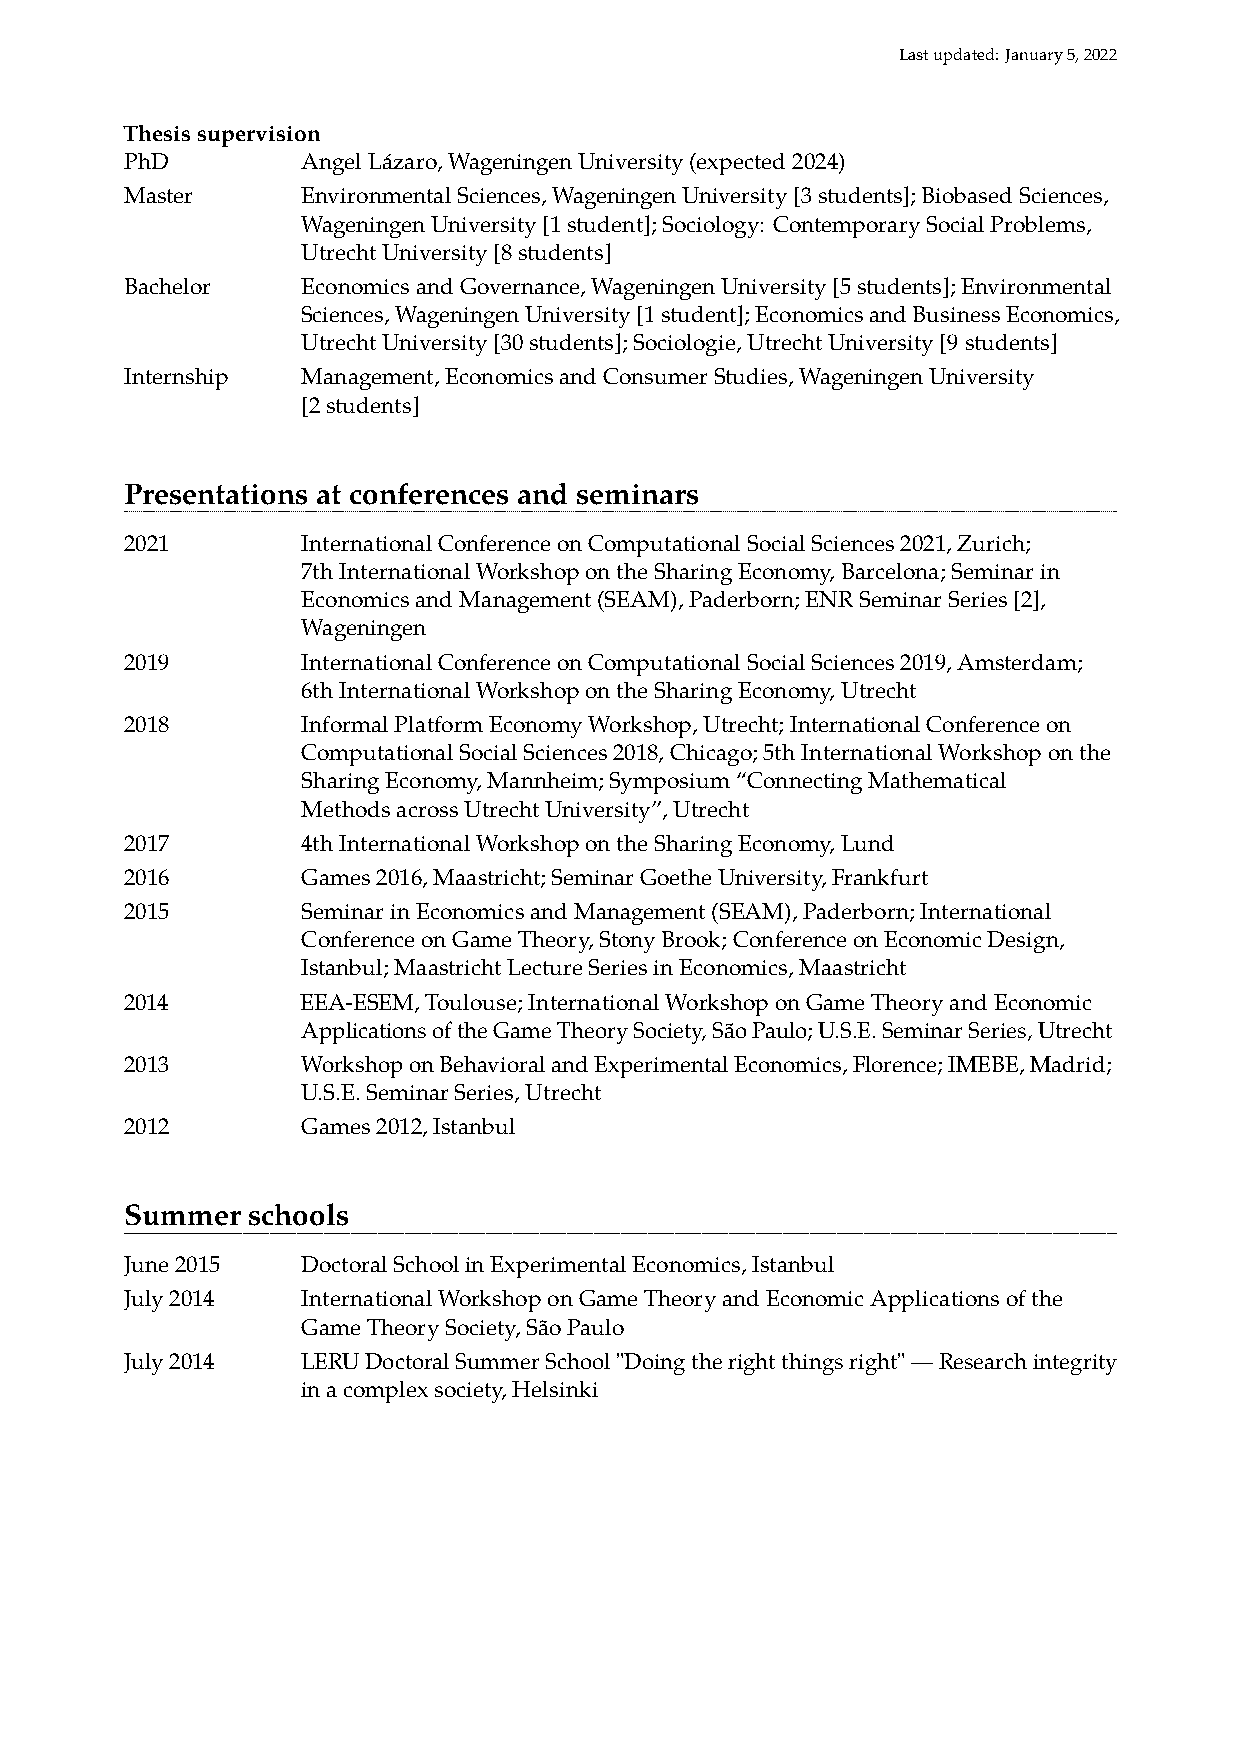
Lastupdated:January5,2022
 Thesissupervision
 PhD         AngelLázaro,WageningenUniversity(expected2024)
 Master      EnvironmentalSciences,WageningenUniversity[3students];BiobasedSciences,
 WageningenUniversity[1student];Sociology: ContemporarySocialProblems,
 UtrechtUniversity[8students]
 Bachelor    EconomicsandGovernance,WageningenUniversity[5students];Environmental
 Sciences,WageningenUniversity[1student];EconomicsandBusinessEconomics,
 UtrechtUniversity[30students];Sociologie,UtrechtUniversity[9students]
 Internship  Management,EconomicsandConsumerStudies,WageningenUniversity
 [2students]
 Presentations at conferences and seminars
 2021        InternationalConferenceonComputationalSocialSciences2021,Zurich;
 7thInternationalWorkshopontheSharingEconomy,Barcelona;Seminarin
 EconomicsandManagement(SEAM),Paderborn;ENRSeminarSeries[2],
 Wageningen
 2019        InternationalConferenceonComputationalSocialSciences2019,Amsterdam;
 6thInternationalWorkshopontheSharingEconomy,Utrecht
 2018        InformalPlatformEconomyWorkshop,Utrecht;InternationalConferenceon
 ComputationalSocialSciences2018,Chicago;5thInternationalWorkshoponthe
 SharingEconomy,Mannheim;Symposium“ConnectingMathematical
 MethodsacrossUtrechtUniversity”,Utrecht
 2017        4thInternationalWorkshopontheSharingEconomy,Lund
 2016        Games2016,Maastricht;SeminarGoetheUniversity,Frankfurt
 2015        SeminarinEconomicsandManagement(SEAM),Paderborn;International
 ConferenceonGameTheory,StonyBrook;ConferenceonEconomicDesign,
 Istanbul;MaastrichtLectureSeriesinEconomics,Maastricht
 2014        EEA-ESEM,Toulouse;InternationalWorkshoponGameTheoryandEconomic
 ApplicationsoftheGameTheorySociety,SãoPaulo;U.S.E.SeminarSeries,Utrecht
 2013        WorkshoponBehavioralandExperimentalEconomics,Florence;IMEBE,Madrid;
 U.S.E.SeminarSeries,Utrecht
 2012        Games2012,Istanbul
 Summer  schools
 June2015    DoctoralSchoolinExperimentalEconomics,Istanbul
 July2014    InternationalWorkshoponGameTheoryandEconomicApplicationsofthe
 GameTheorySociety,SãoPaulo
 July2014    LERUDoctoralSummerSchool"Doingtherightthingsright"—Researchintegrity
 inacomplexsociety,Helsinki